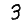
Digit: 3